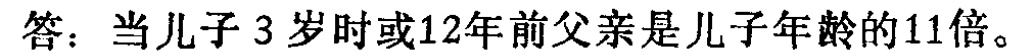
答：当儿子 3 岁时或12年前父亲是儿子年龄的11倍。